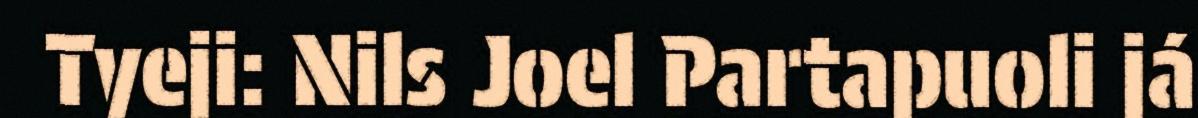
Tyeji: Nils Joel Partapuoli já